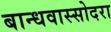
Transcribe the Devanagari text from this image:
बान्धवास्सोदरा